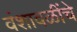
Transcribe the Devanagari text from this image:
वंशावळींचे